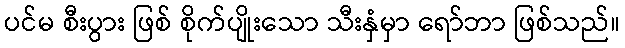
ပင်မ စီးပွား ဖြစ် စိုက်ပျိုးသော သီးနှံမှာ ရော်ဘာ ဖြစ်သည်။